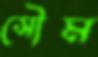
সৌম